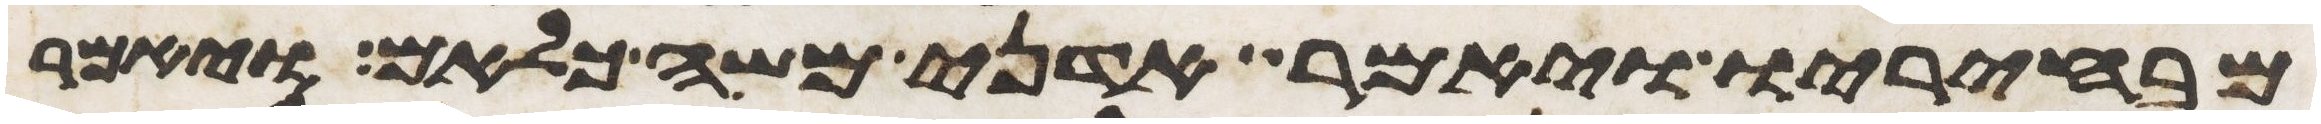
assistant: מבחיריו ויאמר אדני משה כלאם ויאמר